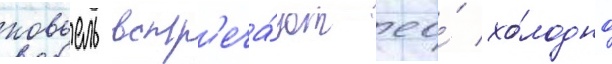
ковьель встр'еча́ют ео́ хо́лодно